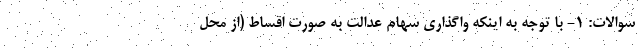
سوالات: ۱- با توجه به اینکه واگذاری سهام عدالت به صورت اقساط (از محل